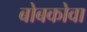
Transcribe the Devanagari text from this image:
बोबकोवा